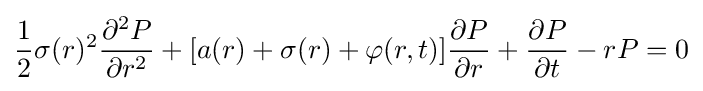
{\frac {1}{2}}\sigma (r)^{2}{\frac {\partial ^{2}P}{\partial r^{2}}}+[a(r)+\sigma (r)+\varphi (r,t)]{\frac {\partial P}{\partial r}}+{\frac {\partial P}{\partial t}}-rP=0